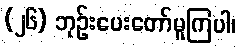
(၂၆) ဘုဉ်းပေးတော်မူကြပါ၊